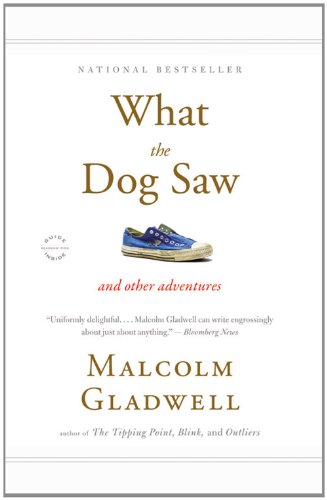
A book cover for What the Dog Saw: And Other Adventures; Malcolm Gladwell; Humor & Entertainment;